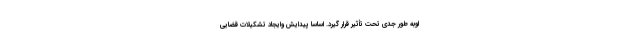
اوبه طور جدی تحت تأثیر قرار گیرد. اساساً پیدایش وایجاد تشکیلات قضایی